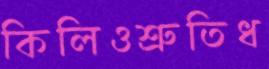
কিলিওশ্রুতিধ